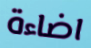
اضاءة